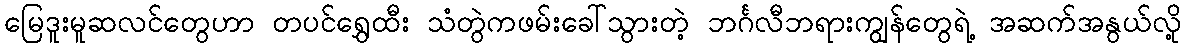
မြေဒူးမူဆလင်တွေဟာ တပင်ရွှေထီး သံတွဲကဖမ်းခေါ်သွားတဲ့ ဘင်္ဂလီဘရားကျွန်တွေရဲ့ အဆက်အနွယ်လို့